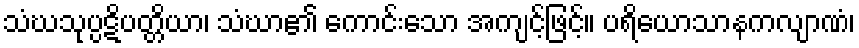
သံဃသုပ္ပဋိပတ္တိယာ၊ သံဃာ၏ ကောင်းသော အကျင့်ဖြင့်။ ပရိယောသာနကလျာဏံ၊